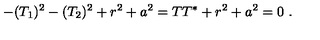
- ( T _ { 1 } ) ^ { 2 } - ( T _ { 2 } ) ^ { 2 } + r ^ { 2 } + a ^ { 2 } = T T ^ { * } + r ^ { 2 } + a ^ { 2 } = 0 \ .